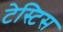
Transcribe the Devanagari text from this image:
टेस्टिस